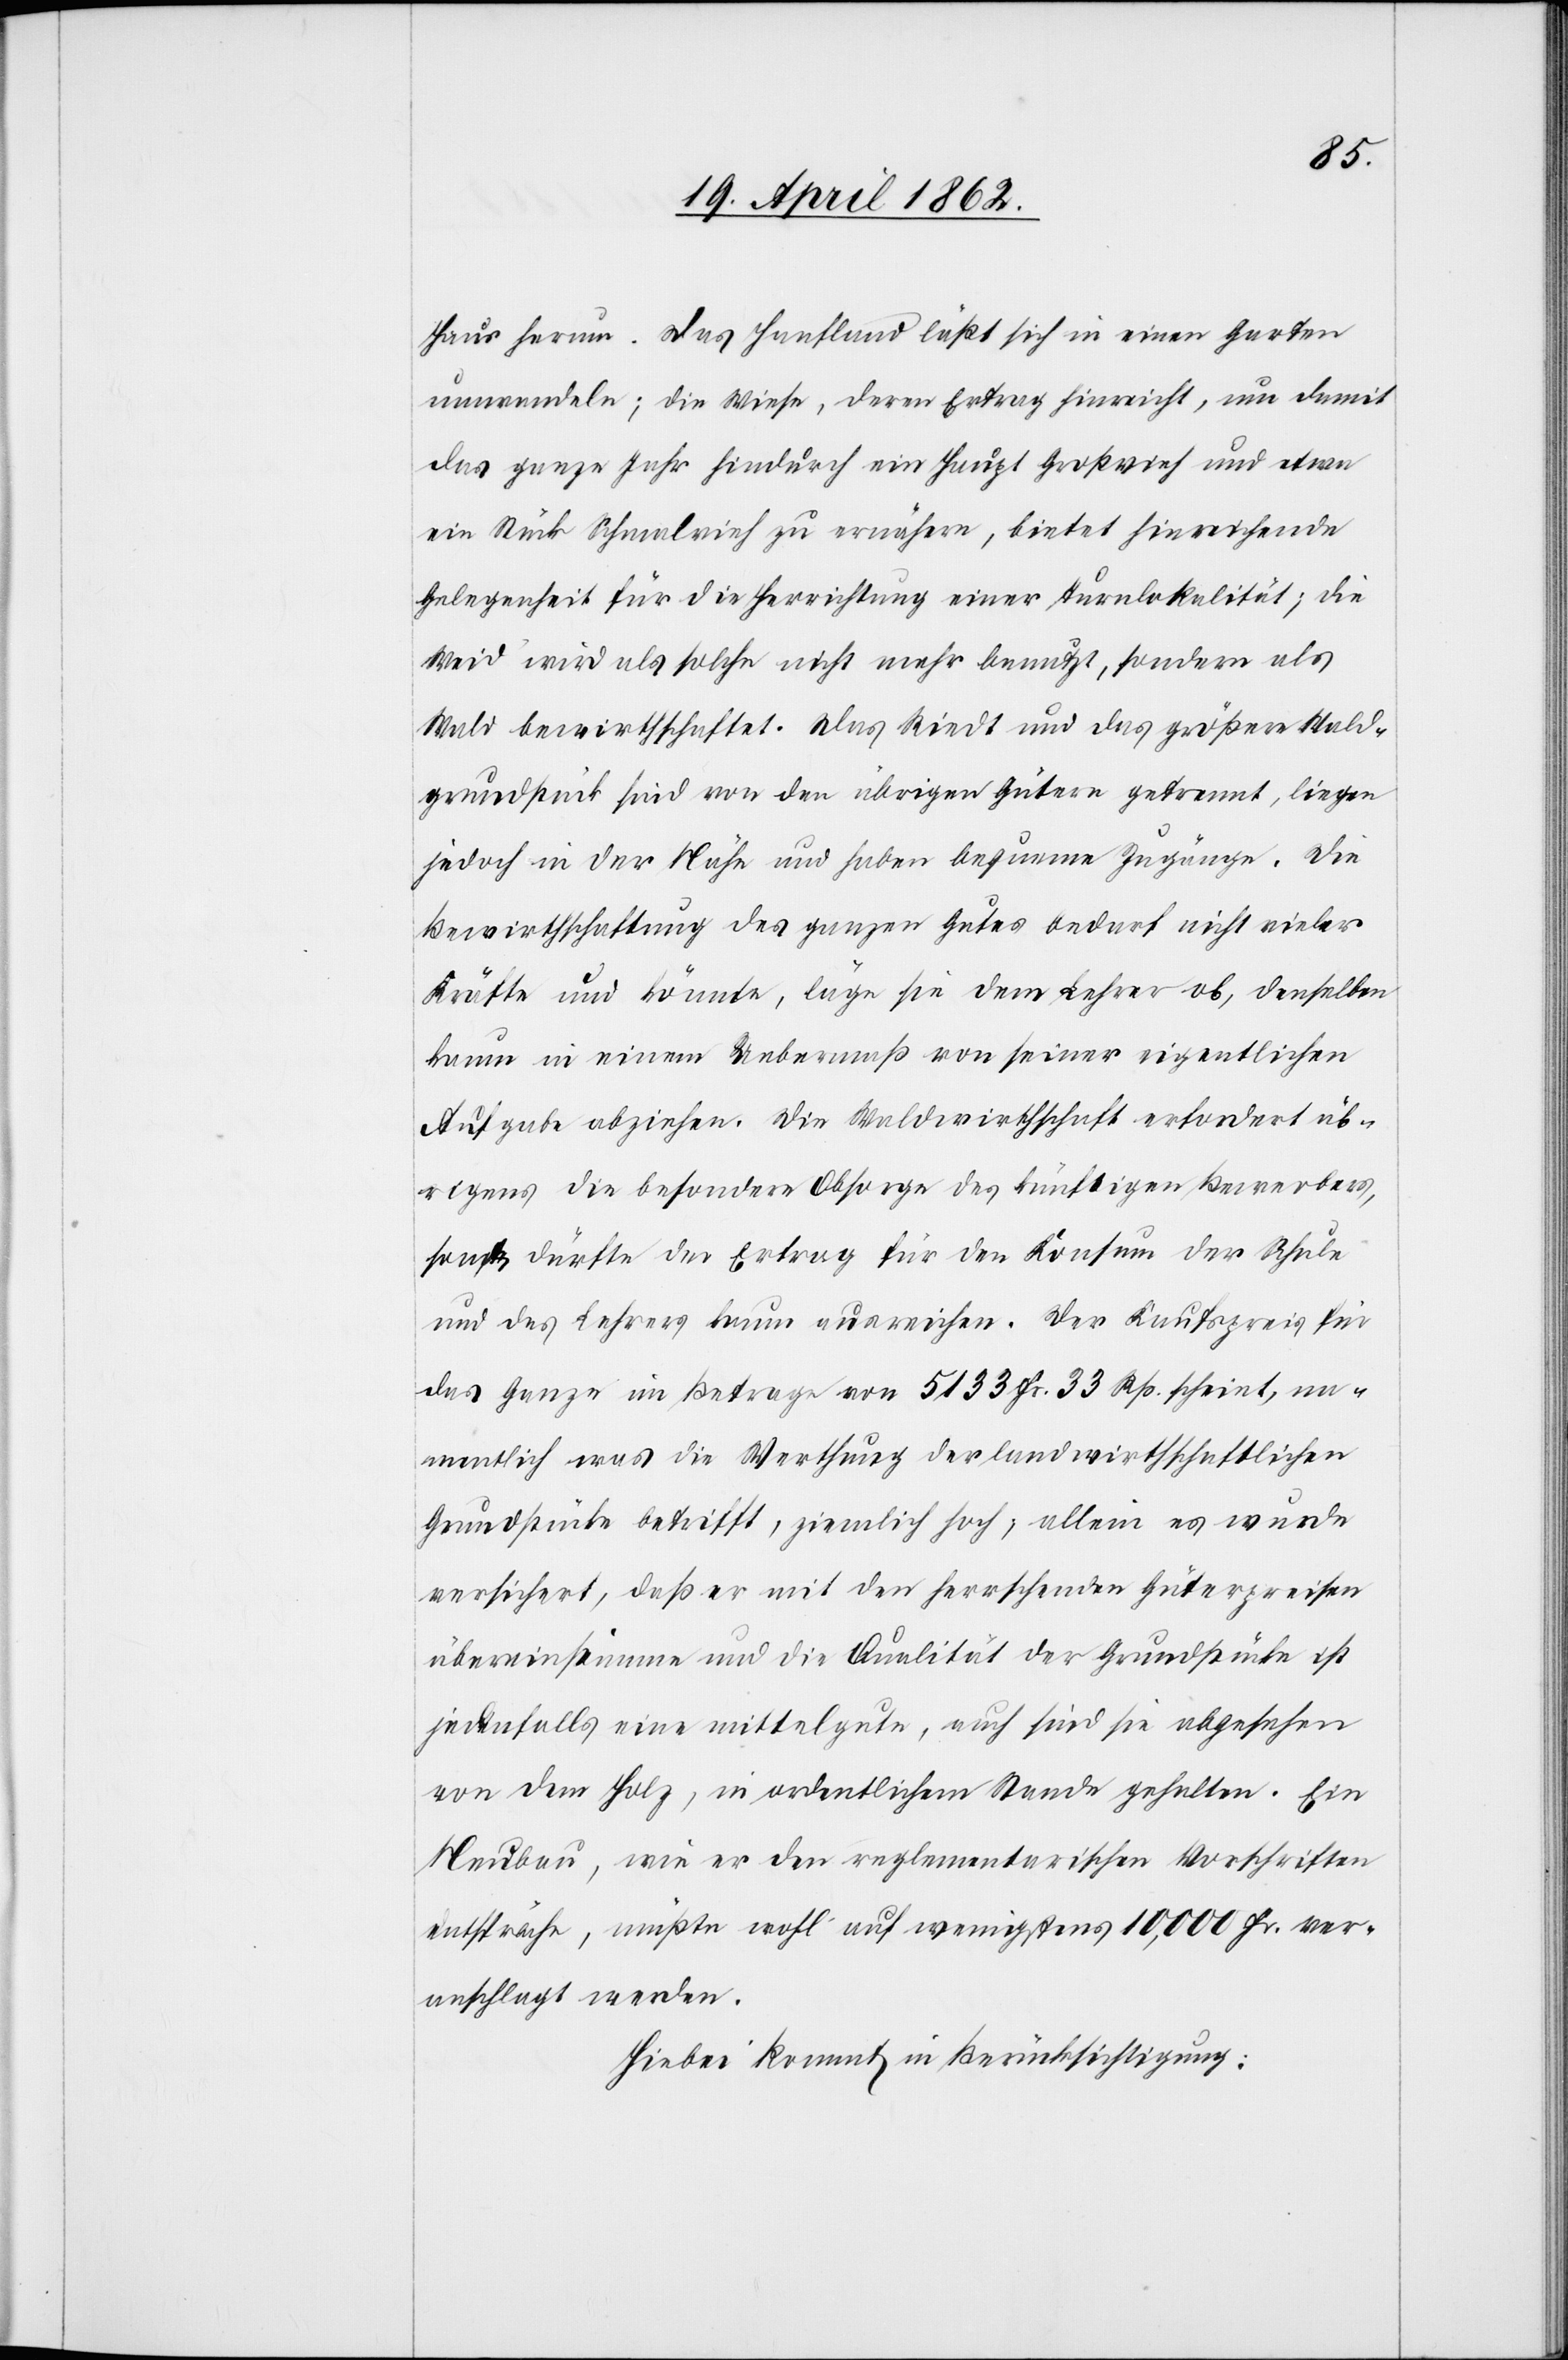
Haus herum. Das Hanfland läßt sich in einen Garten
umwandeln; die Wiese, deren Ertrag hinreicht, um damit
das ganze Jahr hindurch ein Haupt Großvieh und etwa
ein Stück Schmalvieh zu ernähren, bietet hinreichende
Gelegenheit für die Herrichtung einer Turnlokalität; die
Weid wird als solche nicht mehr benutzt, sondern als
Wald bewirthschaftet. Das Riedt und das größere Wald¬
grundstück sind von den übrigen Gütern getrennt, liegen
jedoch in der Nähe und haben bequeme Zugänge. Die
Bewirthschaftung des ganzen Gutes bedarf nicht vieler
Kräfte und könnte, käme sie dem Lehrer ob, denselben
kaum in einem Uebermaß von seiner eigentlichen
Aufgabe abziehen. Die Waldwirthschaft erfordert üb¬
rigens die besondere Obsorge des künftigen Bewerkers,
sonst dürfte der Ertrag für den Konsum der Schule
und des Lehrers kaum ausreichen. Der Kaufspreis für
das Ganze im Bertrage von 5133 Fr. 33 Rp. scheint, n¬
amentlich was die Werthung der landwirthschaftlichen
Grundstücke betrifft, ziemlich hoch, allein es wurde
versichert, daß er mit den herrschenden Güterpreisen
übereinstimme und die Qualität der Grundstücke ist
jedenfalls eine mittelgute, auch sind sie abgesehen
von dem Holz, in ordentlichem Stande gehalten. Ein
Neubau, wie er den reglementarischen Vorschriften
entspräche, müßte wohl auf wenigstens 10,000 Fr. ver¬
anschlagt werden.
Hiebei kommt in Berücksichtigung: